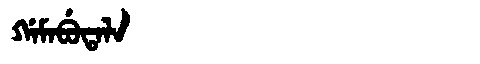
Manchu: ᡤᠠᠮᠠᠪᡠᡨᠠᠯᠠ
Romanization: GAMABUTALA